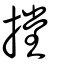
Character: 摚